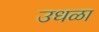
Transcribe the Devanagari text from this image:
उधळा